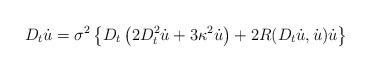
LaTeX: \begin{align*}D_t\dot{u}=\sigma^2\left\{D_t\left(2D^2_t\dot{u}+3\kappa^2\dot{u}\right)+2R(D_t\dot{u},\dot{u})\dot{u}\right\}\end{align*}